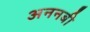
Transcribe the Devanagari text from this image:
अननबी